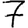
Digit: 7